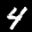
Label: 4